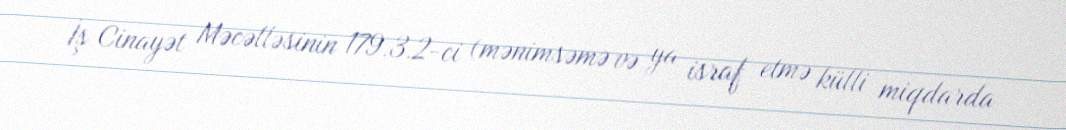
İş Cinayət Məcəlləsinin 179.3.2-ci (mənimsəmə və ya israf etmə külli miqdarda